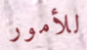
للأمور